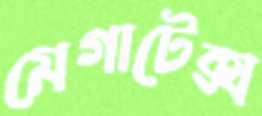
মেগাটেক্স